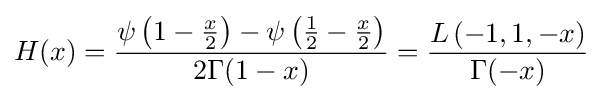
H(x)={\frac {\psi \left(1-{\frac {x}{2}}\right)-\psi \left({\frac {1}{2}}-{\frac {x}{2}}\right)}{2\Gamma (1-x)}}={\frac {L\left(-1,1,-x\right)}{\Gamma (-x)}}